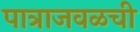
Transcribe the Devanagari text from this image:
पात्राजवळची